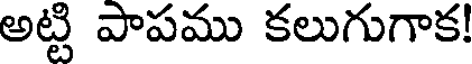
అట్టి పాపము కలుగుగాక!